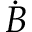
\dot { B }